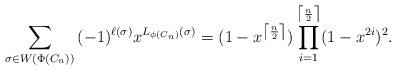
LaTeX: \begin{align*}\sum_{\sigma \in W(\Phi(C_n))}{(-1)^{\ell(\sigma)}x^{L_{\phi(C_n)}(\sigma)}}= (1-x^{\left\lceil\frac{n}{2}\right\rceil})\prod_{i=1}^{\left\lceil\frac{n}{2}\right\rceil} (1-x^{2i})^2.\end{align*}